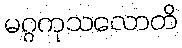
မဂ္ဂကုသလောတိ